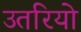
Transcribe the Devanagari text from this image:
उतरियो